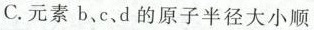
C.元素b、c、d的原子半径大小顺